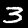
Label: 3